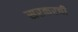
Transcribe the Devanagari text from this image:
सरकरची